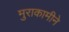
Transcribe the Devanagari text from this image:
मुराकामीने